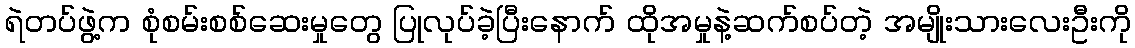
ရဲတပ်ဖွဲ့က စုံစမ်းစစ်ဆေးမှုတွေ ပြုလုပ်ခဲ့ပြီးနောက် ထိုအမှုနဲ့ဆက်စပ်တဲ့ အမျိုးသားလေးဦးကို